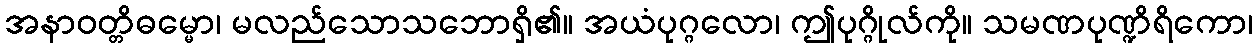
အနာဝတ္တိဓမ္မော၊ မလည်သောသဘောရှိ၏။ အယံပုဂ္ဂလော၊ ဤပုဂ္ဂိုလ်ကို။ သမဏပုဏ္ဍိရိကော၊